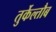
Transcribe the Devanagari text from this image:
तुर्केल्तौब